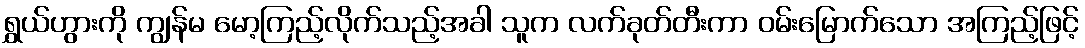
ရွှယ်ဟွားကို ကျွန်မ မော့ကြည့်လိုက်သည့်အခါ သူက လက်ခုတ်တီးကာ ဝမ်းမြောက်သော အကြည့်ဖြင့်